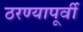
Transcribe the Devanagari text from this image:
ठरण्यापूर्वी